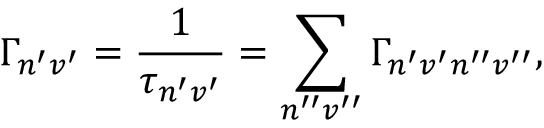
\Gamma _ { n ^ { \prime } v ^ { \prime } } = \frac { 1 } { \tau _ { n ^ { \prime } v ^ { \prime } } } = \sum _ { n ^ { \prime \prime } v ^ { \prime \prime } } \Gamma _ { n ^ { \prime } v ^ { \prime } n ^ { \prime \prime } v ^ { \prime \prime } } ,